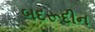
બદરૂદીન